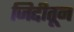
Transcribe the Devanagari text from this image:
जिद्दीतून